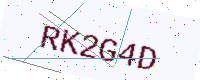
Text: RK2G4D